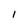
Character: 1